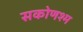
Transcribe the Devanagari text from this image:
सकोणश्म